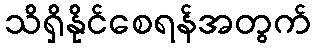
သိရှိနိုင်စေရန်အတွက်